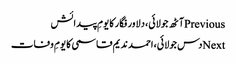
Previousآٹھ جولائی، دلاور فگار کا یومِ پیدائش
Nextدس جولائی، احمد ندیم قاسمی کا یومِ وفات